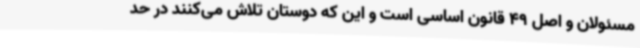
مسئولان و اصل 49 قانون اساسی است و این که دوستان تلاش می‌کنند در حد